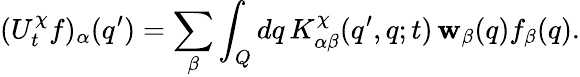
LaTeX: (U_{t}^{\chi}f)_{\alpha}(q^{\prime})=\sum_{\beta}\int_{Q}dq\, K_{\alpha\beta}^{\chi}(q^{\prime},q;t)\, \mathbf{w}_{\beta}(q)f_{\beta}(q).